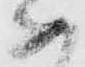
如